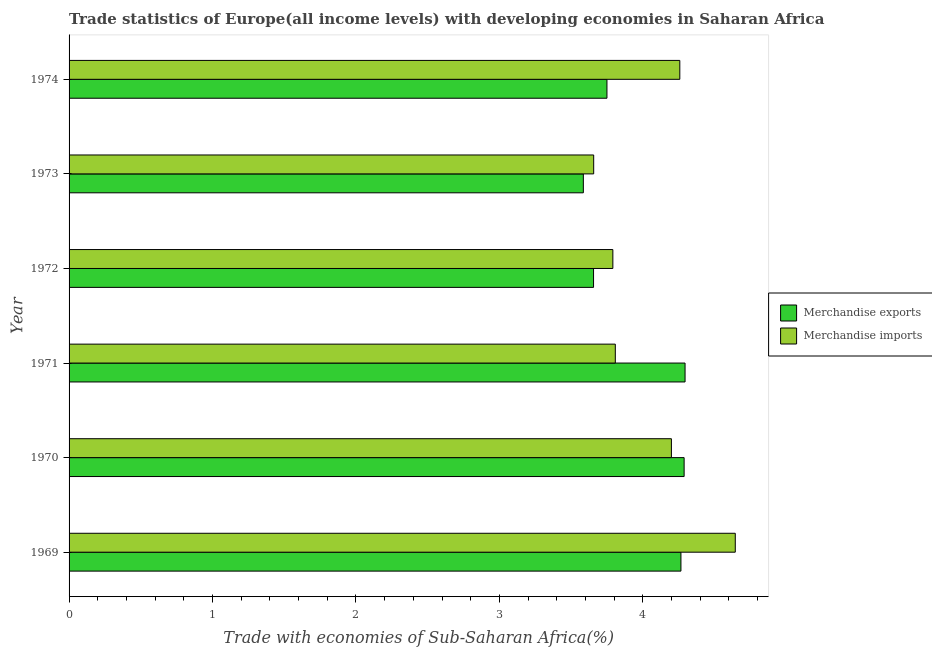
| Year | Merchandise exports | Merchandise imports |
 | --- | --- | --- |
 | 1969 | 4.27 | 4.64 |
 | 1970 | 4.29 | 4.2 |
 | 1971 | 4.29 | 3.81 |
 | 1972 | 3.66 | 3.79 |
 | 1973 | 3.58 | 3.66 |
 | 1974 | 3.75 | 4.26 |